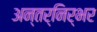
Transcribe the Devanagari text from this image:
अन्तर्निर्भर